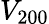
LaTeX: V_{200}